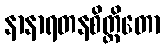
နာနာရတနစိတ္တိတော